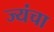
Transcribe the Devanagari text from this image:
ज्यंचा